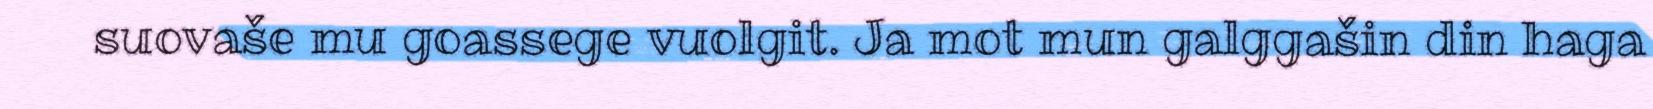
suovaše mu goassege vuolgit. Ja mot mun galggašin din haga